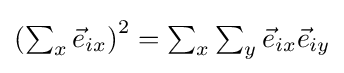
\textstyle \left(\sum _{x}{\vec {e}}_{ix}\right)^{2}=\sum _{x}\sum _{y}{\vec {e}}_{ix}{\vec {e}}_{iy}